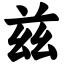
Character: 兹